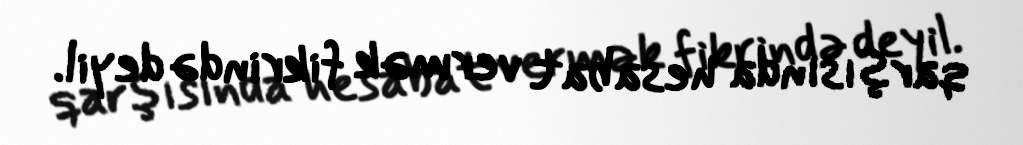
qarşısında hesabat vermək fikrində deyil.